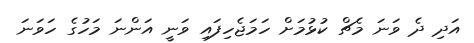
އަދި ދެ ވަނަ މެޗް ކުޅުމަށް ހަމަޖެހިފައި ވަނީ އަންނަ މަހުގެ ހަވަނަ